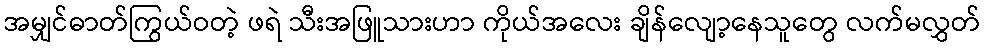
အမျှင်ဓာတ်ကြွယ်ဝတဲ့ ဖရဲ သီးအဖြူသားဟာ ကိုယ်အလေး ချိန်လျော့နေသူတွေ လက်မလွှတ်